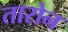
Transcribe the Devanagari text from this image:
तारोन